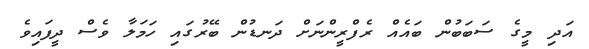
އަދި މީގެ ސަބަބުން ބައެއް ރެފްރީންނަށް ދަނޑުން ބޭރުގައި ހަމަލާ ވެސް ދީފައިވެ